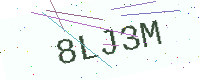
Text: 8LJ3M